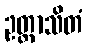
ဥတ္တာသိတံ